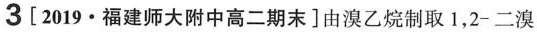
3[2019·福建师大附中高二期末 ]由溴乙烷制取 1,2-二溴